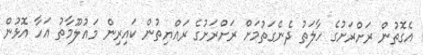
އެގޮތުން ރަށްރަށުގެ ހާލަތު ދެނެގަތުމަށް ރަށްރަށުގެ ރައްޔިތުން ކައިރިން މައުލޫމާތު އަހާ އޮޅުން